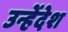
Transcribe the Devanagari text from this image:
उन्हेंदेश